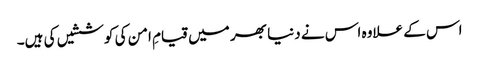
اس کے علاوہ اس نے دنیا بھر میں قیامِ امن کی کوششیں کی ہیں۔